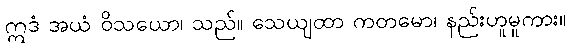
ဣဒံ အယံ ဝိသယော၊ သည်။ သေယျထာ ကတမော၊ နည်းဟူမူကား။